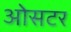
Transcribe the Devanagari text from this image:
ओसटर